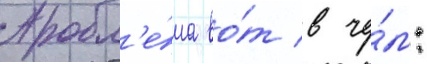
Пробл'е́ма во́т в че́м: